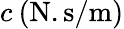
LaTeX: c\: (\mathrm{N.s/m})